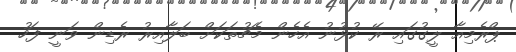
ޕްރެމިއާ ލީގުގައި ރޭ ކުޅުނު އެހެން މެޗުތަކަށް ބަލާއިރު ރެޑިން ވަނީ ފަހު